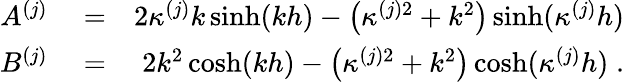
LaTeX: \begin{array}{rlr}{A^{(j)}}&{{}=}&{2\kappa^{(j)}k\sinh(kh)-\left(\kappa^{(j)2}+k^{2}\right)\sinh(\kappa^{(j)}h)}\\ {B^{(j)}}&{{}=}&{2k^{2}\cosh(kh)-\left(\kappa^{(j)2}+k^{2}\right)\cosh(\kappa^{(j)}h)\; .}\end{array}